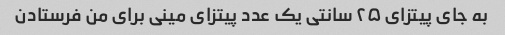
به جای پیتزای ۲۵ سانتی یک عدد پیتزای مینی برای من فرستادن